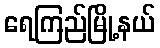
ရေကြည်မြို့နယ်